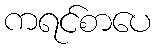
ကရင်စာပေ